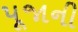
પૂજાની